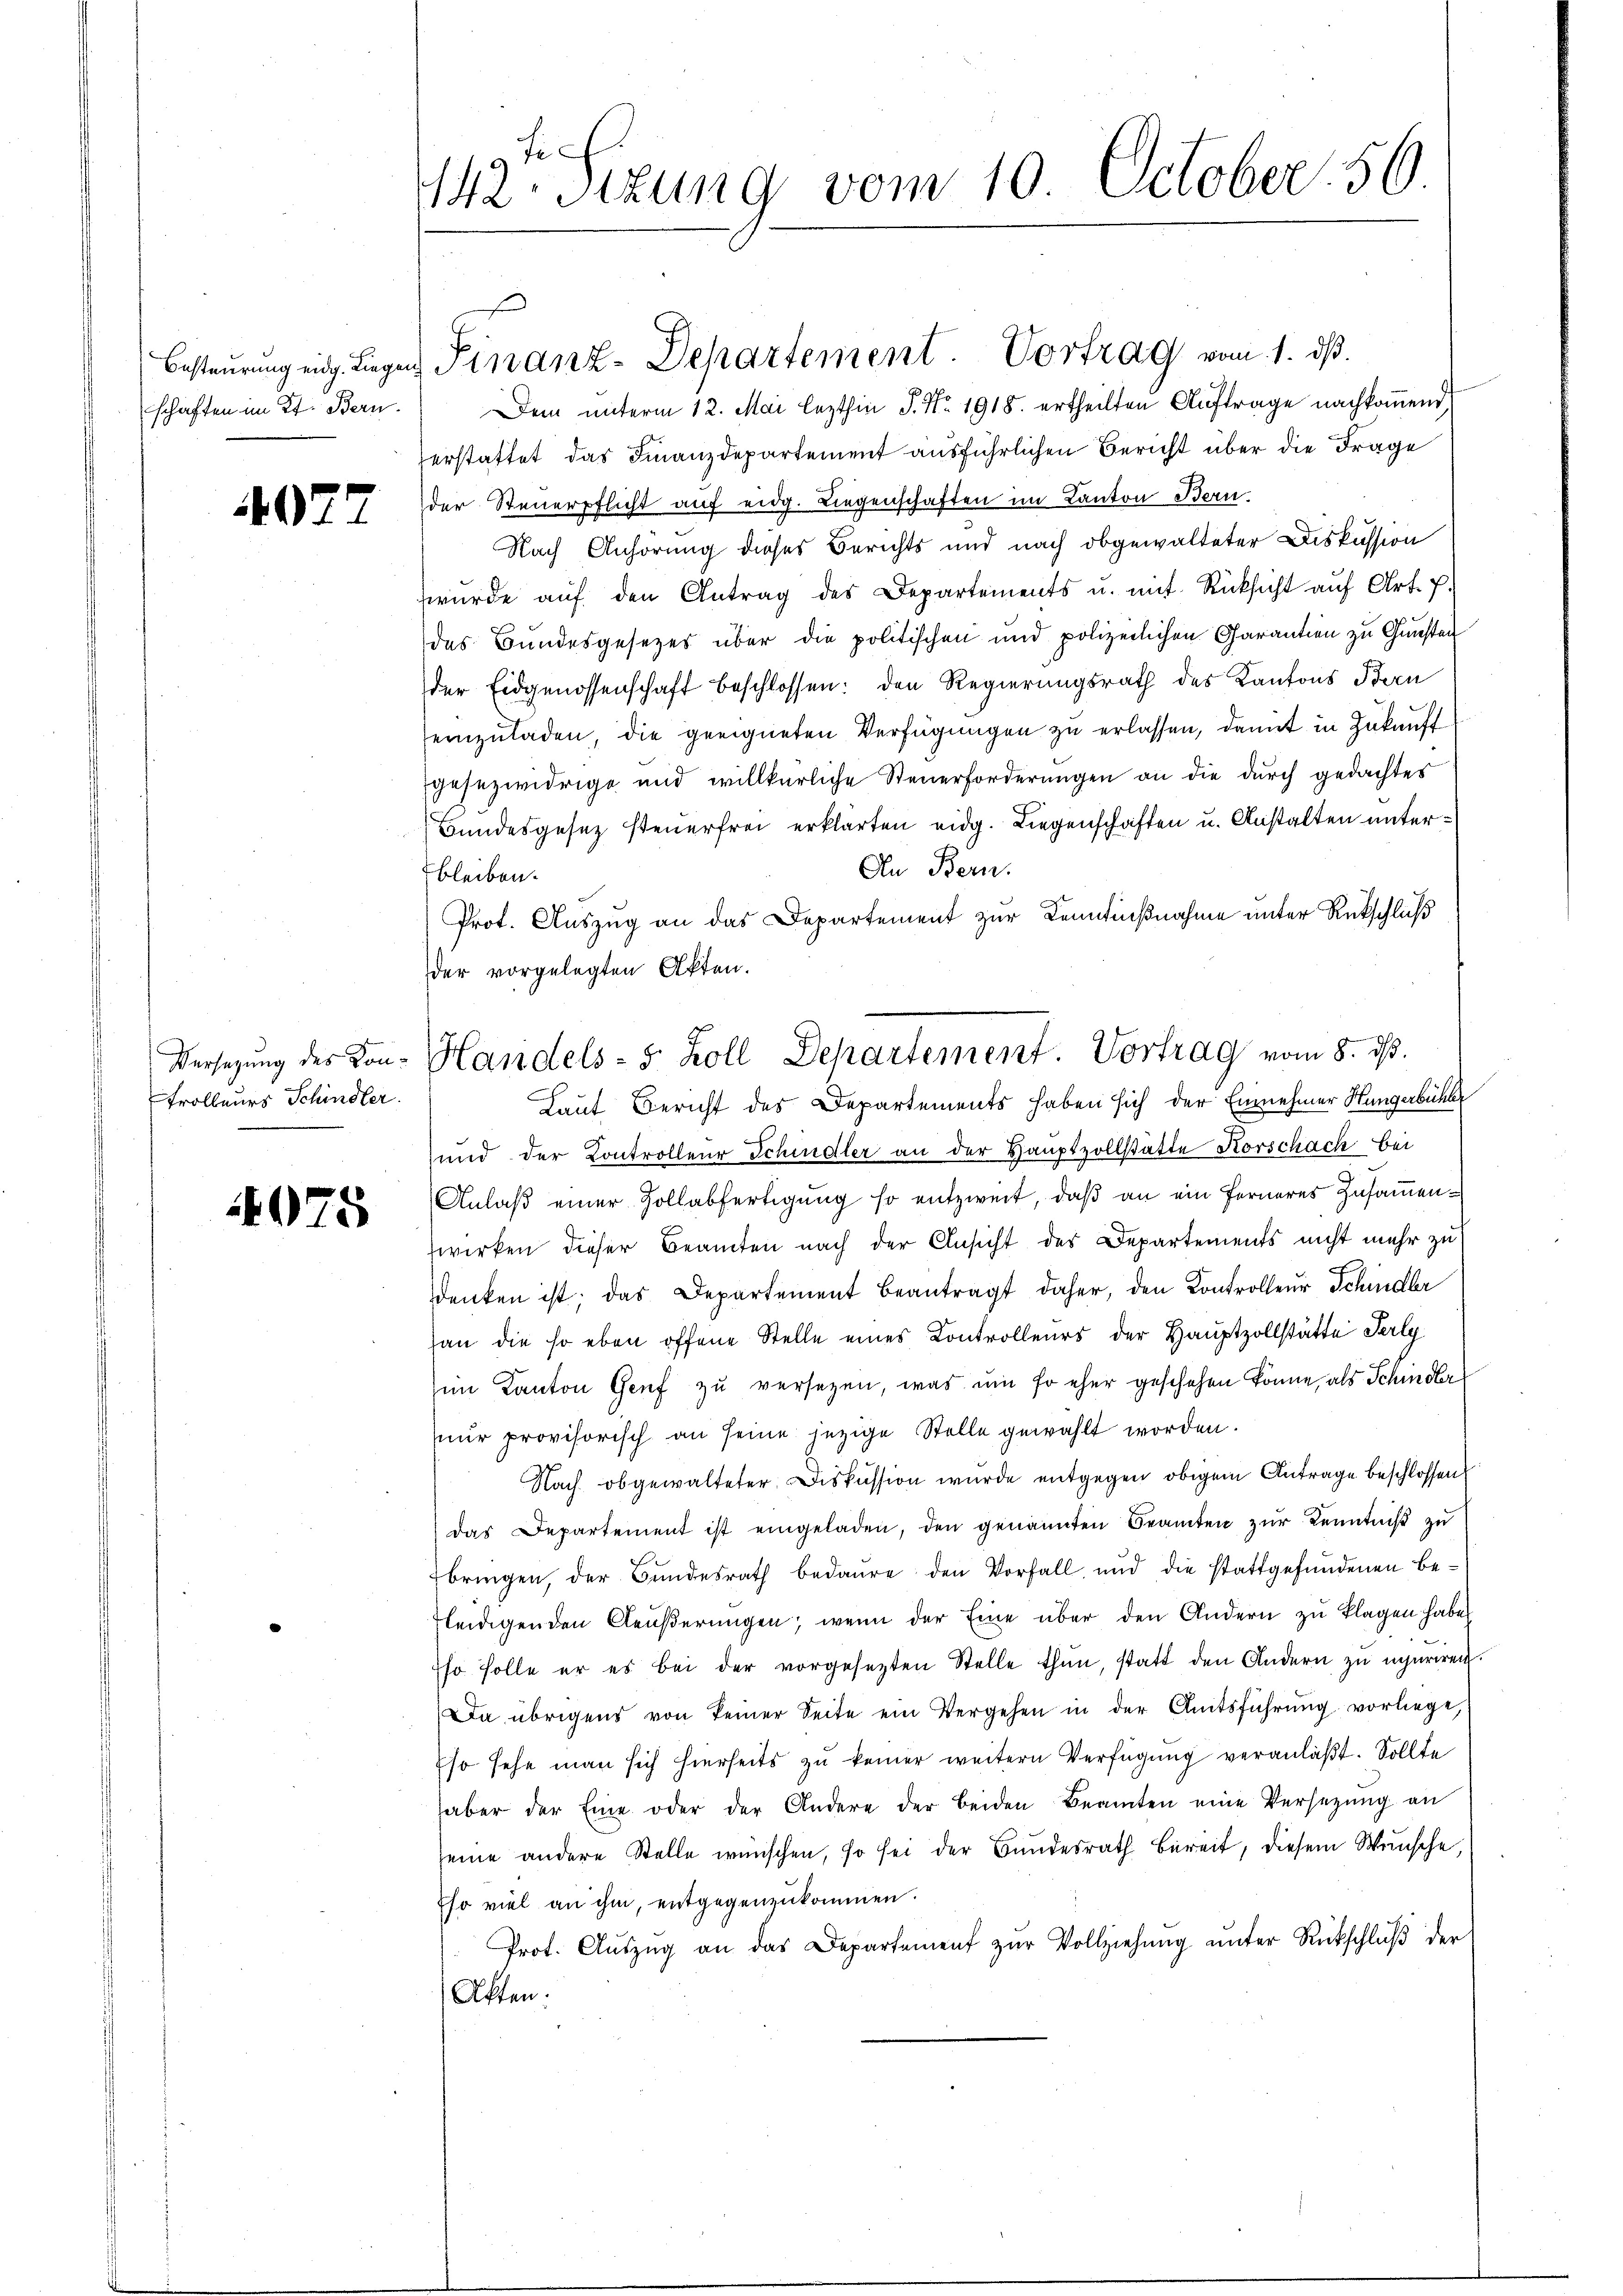
4077

Trolleurs Schindler.

4075

142. Sizung vom 10. October. 56

schaften im Kt. Bern. Dem ŭnterm 12. Mai lezthin P. Nr. 1918. ertheilten Aŭftrage nachkoṁend,
erstattet das Finanzdepartement ausführlichen Bericht über die Frage
der Steuerpflicht auf eidg. Liegenschaften im Kanton Bern.
Nach Anhörung dieses Berichts und nach obgewalteter Diskussion
wŭrde aŭf den Antrag des Departements u. mit Rücksicht aŭf Art. 7.
das Bundesgesezes über die politischen und polizeilichen Carantien zu Gunsten
der Eidgenossenschaft beschlossen: den Regierungsrath des Kantons Bern
einzuladen, die geeigneten Verfügungen zu erlassen, damit in Zukauft
gesezwidrige und willkürliche Steuerforderungen an die durch gedachtes
Bundesgesetz steuerfrei erklärten eidg. Liegenschaften u. Anstalten unter¬
An Bern.
bleiben.
Prot. Auszug an das Departement zur Kenntnißnahme unter Rückschluß
der vorgelegten Akten.
und der Controlleur Schindler an der Hauptzollstätte Korschach bei
Anlaβ einer Zollabfertigŭng so entzweit, daβ an ein ferneres Zŭsaṁen-
wirken dieser Beamten nach der Ansicht des Departements nicht mehr zu
denken ist; das Departement beantragt daher, den Kontrolleur Schindler
han die so eben offene Stelle eines Controlleurs der Hauptzollstätte Perle
im Kanton Genf zu versetzen, was um so eher geschehen könne, als Schindler
nur provisorisch an seine jetzige Stelle gewählt worden.
Nach obgewalteter Diskussion wurde entgegen obigem Antrage beschlossen
das Departement ist eingeladen, den genannten Beamten zur Kenntniß zu
bringen, der Bŭndesrath bedaure den Vorfall, und die stattgefŭndenen be-
fleidigenden Aeŭβerŭngen, wenn der Eine über den Andern zu klagen habe
so solle er es bei der vorgesetzten Stelle thun, statt den Andern zu inhäriren.
Da übrigens von keiner Seite ein Vergehen in der Amtsführung vorliege,
so sehe man sich hierseits zu keiner weitern Verfügung veranlaßt. Sollte
aber der Eine oder der Andere der beiden Beamten eine Versetzŭng an
seine andere Stelle wünschen, so sei der Bŭndesrath bereit, diesem Wünsche,
Eso viel an ihm, entgegenzukommen.
Prot. Aŭszŭg an das Departement zŭr Vollziehŭng ŭnter Rückschlŭβ der
Akten:

Besteurung eidg. Liegen Finanz-Departement. Vortrag vom 1. ds.

Versetzŭng des Kon- Handels- 5 Zoll Departement. Vortrag vom 8. ds.
Laut Bericht des Departements haben sich der Einnehmer Hungerbühl